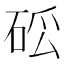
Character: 𥒗